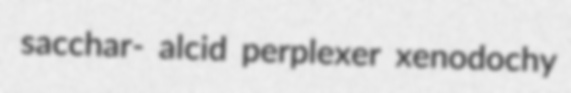
sacchar- alcid perplexer xenodochy